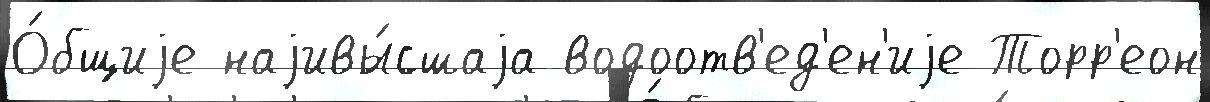
О́бщиjе наjивы́сшаjа водоотв'ед'ен'иjе Торр'еон